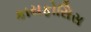
કાયફોસિસ